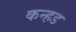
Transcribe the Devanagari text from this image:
कन्हड